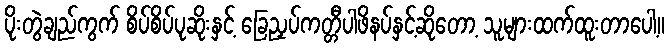
ပိုးတွဲချည်ကွက် စိပ်စိပ်ပုဆိုးနှင့် ခြေညှပ်ကတ္တီပါဖိနပ်နှင့်ဆိုတော့ သူများထက်ထူးတာပေါ့။